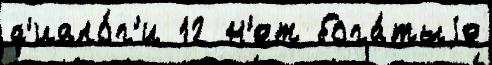
д'иало́г'и 12 н'ет бога́тыjе